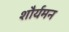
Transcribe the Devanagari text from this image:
शौर्यमन